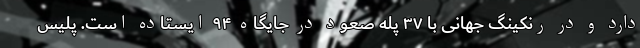
دارد و در رنکینگ جهانی با ۳۷ پله صعود در جایگاه ۹۴ ایستاده است. پلیس